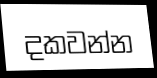
දකවන්න